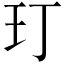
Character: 玎